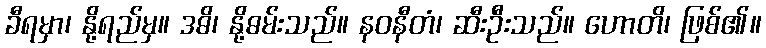
ခီရမှာ၊ နို့ရည်မှ။ ဒဓိ၊ နို့ဓမ်းသည်။ နဝနီတံ၊ ဆီးဦးသည်။ ဟောတိ၊ ဖြစ်၏။